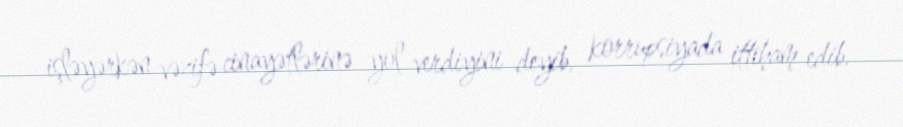
işləyərkən vəzifə cinayətlərinə yol verdiyini deyib, korrupsiyada ittiham edib.